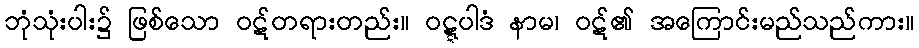
ဘုံသုံးပါး၌ ဖြစ်သော ဝဋ်တရားတည်း။ ဝဋ္ဋပါဒံ နာမ၊ ဝဋ်၏ အကြောင်းမည်သည်ကား။